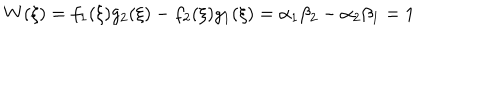
LaTeX: W ( \xi ) = f _ { 1 } ( \xi ) g _ { 2 } ( \xi ) - f _ { 2 } ( \xi ) g _ { 1 } ( \xi ) = \alpha _ { 1 } \beta _ { 2 } - \alpha _ { 2 } \beta _ { 1 } = 1